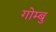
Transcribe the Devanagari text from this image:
गोम्बु